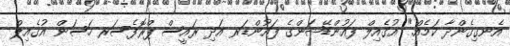
އެނގިގެންދާ ކަމެއް." އުގެއިލް ފައުންޑޭޝަންގެ ފައުންޑަރ އަދި ރައީސް ޕްރޮފެސަރ ހަސަން އުގެއިލް